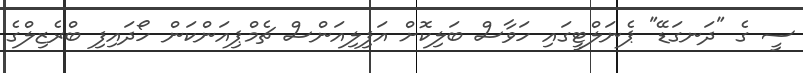
ސީ ގެ "ދަނގަޑޭ" ޕެނަލްޓީގައި ހަވާސް ބަލިކޮށް އަފިލިއަންސް ޗެމްޕިއަންކަން ހޯދައިފި ބްރެޒިލްގެ